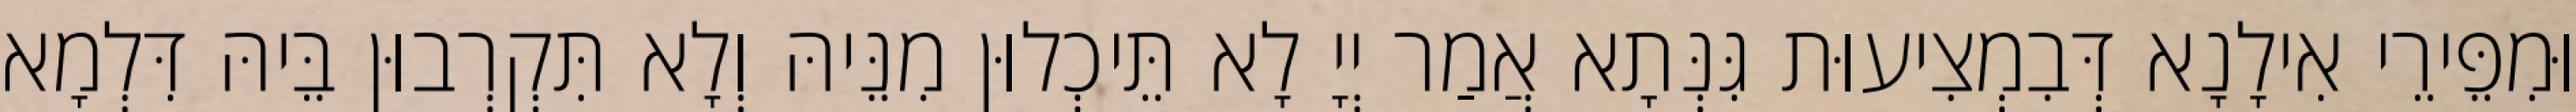
וּמִפֵּירֵי אִילָנָא דְּבִמְצִיעוּת גִּנְּתָא אֲמַר יְיָ לָא תֵּיכְלוּן מִנֵּיהּ וְלָא תִּקְרְבוּן בֵּיהּ דִּלְמָא